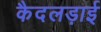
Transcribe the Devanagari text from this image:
कैदलड़ाई